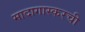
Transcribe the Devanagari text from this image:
मादागास्करची